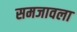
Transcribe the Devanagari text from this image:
समजावला